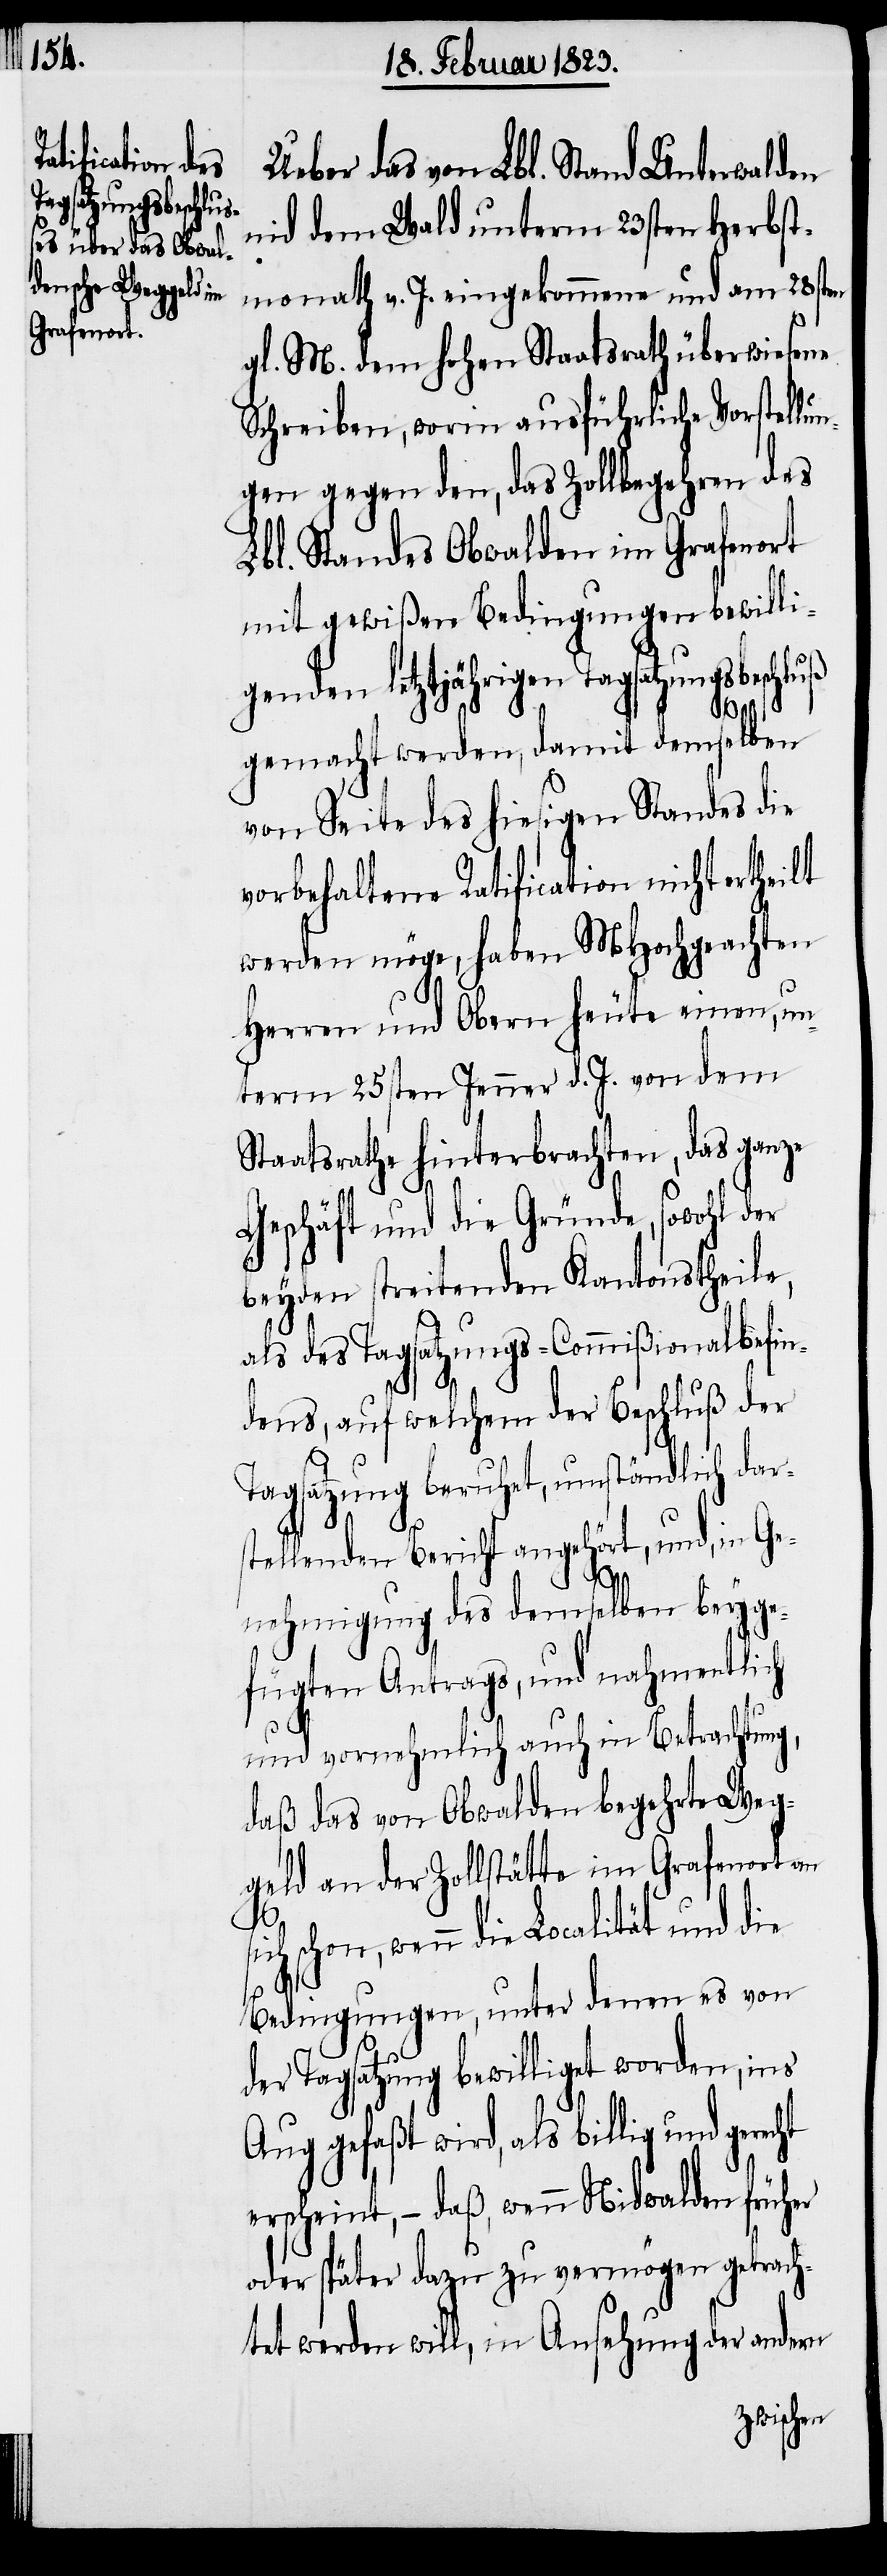
Ueber das von Lbl. Stand Unterwalden
nid dem Wald unterm 23sten Herbst¬
monath v. J. eingekommene und am 28sten
gl. M. dem hohen Staatsrath überwiesene
Schreiben, worin ausführliche Vorstellun¬
gen gegen den, das Zollbegehren des
Lbl. Standes Obwalden im Grafenort
mit gewißen Bedingungen bewilli¬
genden letztjährigen Tagsatzungsbeschluß
gemacht werden, damit demselben
von Seite des hiesigen Standes die
vorbehaltene Ratification nicht
werden möge, haben MHochgeachten
Herren und Obern heute einen, un¬
term 25sten Jenner d. J. von dem
Staatsrathe hinterbrachten, das ganze
Geschäft und die Gründe, sowohl der
beyden streitenden Kantonstheile,
als des Tagsatzungs-Commißionalbefin¬
dens, auf welchem der Beschluß der
Tagsatzung beruhet, umständlich dar¬
stellenden Bericht angehört, und, in Ge¬
nehmigung des demselben beyge¬
fügten Antrags, und nahmentlich
und vornehmlich auch in Betrachtung,
daß das von Obwalden begehrte Weg¬
geld an der Zollstätte im Grafenort an
schon, wenn die Localität und die
Bedingungen, unter denen es von
der Tagsatzung bewilliget worden, ins
Aug gefaßt wird, als billig und gerecht
erscheint, – daß, wenn Nidwalden früher
oder später dazu zu vermögen getrach¬
tet werden will, in Ansehung der andern